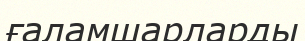
ғаламшарларды